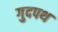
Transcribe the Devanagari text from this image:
गुदपथ